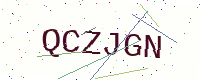
Text: QCZJGN